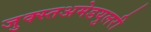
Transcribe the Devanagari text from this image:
जुक्स्तअमेडयुलरी